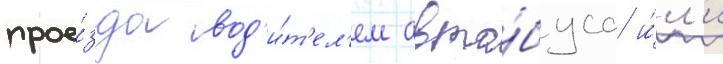
прое́зда вод'и́т'ел'ем авто́буса и́л'и